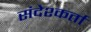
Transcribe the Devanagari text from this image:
संदेश्कर्ता